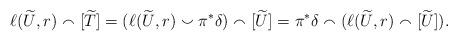
LaTeX: \begin{align*}\ell(\widetilde{U}, r) \smallfrown [\widetilde{T}] = (\ell(\widetilde{U}, r) \smallsmile \pi^* \delta) \smallfrown [\widetilde{U}]= \pi^*\delta \smallfrown (\ell(\widetilde{U}, r) \smallfrown [\widetilde{U}] ).\end{align*}